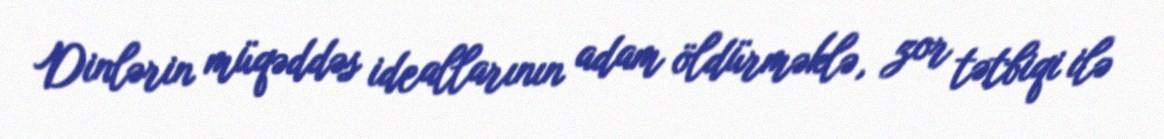
Dinlərin müqəddəs ideallarının adam öldürməklə, zor tətbiqi ilə